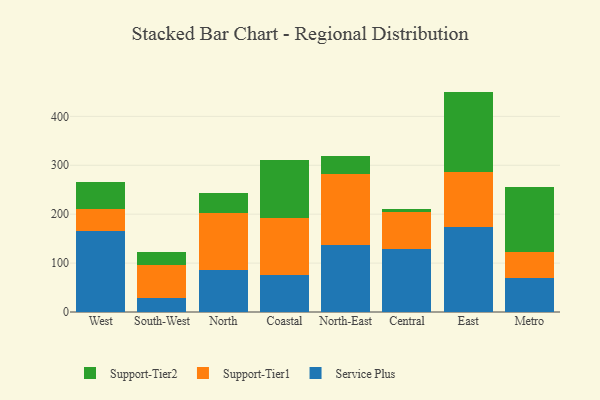
{"axis": {"x": "Region", "y": "LTV (USD)"}, "legend": ["Service Plus", "Support-Tier1", "Support-Tier2"], "data": [{"x": "West", "y": 164.7, "type": "Service Plus"}, {"x": "West", "y": 46.9, "type": "Support-Tier1"}, {"x": "West", "y": 54.0, "type": "Support-Tier2"}, {"x": "South-West", "y": 29.4, "type": "Service Plus"}, {"x": "South-West", "y": 67.5, "type": "Support-Tier1"}, {"x": "South-West", "y": 25.0, "type": "Support-Tier2"}, {"x": "North", "y": 86.7, "type": "Service Plus"}, {"x": "North", "y": 116.4, "type": "Support-Tier1"}, {"x": "North", "y": 40.3, "type": "Support-Tier2"}, {"x": "Coastal", "y": 75.4, "type": "Service Plus"}, {"x": "Coastal", "y": 116.5, "type": "Support-Tier1"}, {"x": "Coastal", "y": 118.5, "type": "Support-Tier2"}, {"x": "North-East", "y": 136.1, "type": "Service Plus"}, {"x": "North-East", "y": 146.4, "type": "Support-Tier1"}, {"x": "North-East", "y": 36.1, "type": "Support-Tier2"}, {"x": "Central", "y": 128.9, "type": "Service Plus"}, {"x": "Central", "y": 75.3, "type": "Support-Tier1"}, {"x": "Central", "y": 5.9, "type": "Support-Tier2"}, {"x": "East", "y": 173.5, "type": "Service Plus"}, {"x": "East", "y": 112.0, "type": "Support-Tier1"}, {"x": "East", "y": 165.2, "type": "Support-Tier2"}, {"x": "Metro", "y": 69.8, "type": "Service Plus"}, {"x": "Metro", "y": 53.4, "type": "Support-Tier1"}, {"x": "Metro", "y": 131.5, "type": "Support-Tier2"}]}